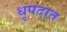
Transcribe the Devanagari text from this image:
धृपदात